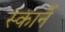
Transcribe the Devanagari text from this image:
स्कार्ने